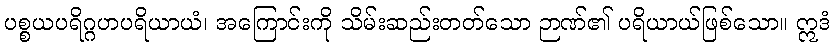
ပစ္စယပရိဂ္ဂဟပရိယာယံ၊ အကြောင်းကို သိမ်းဆည်းတတ်သော ဉာဏ်၏ ပရိယာယ်ဖြစ်သော။ ဣဒံ